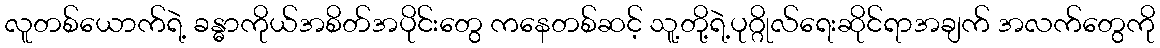
လူတစ်ယောက်ရဲ့ ခန္ဓာကိုယ်အစိတ်အပိုင်းတွေ ကနေတစ်ဆင့် သူ့တို့ရဲ့ပုဂ္ဂိုလ်ရေးဆိုင်ရာအချက် အလက်တွေကို